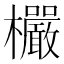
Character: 欕